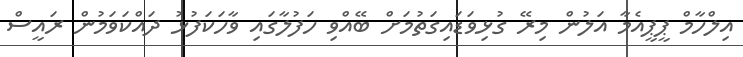
އިލްހާމް ޕީޕީއެމާ އަލުން މިރޭ ގުޅިވަޑައިގަތުމަށް ބޭއްވި ހަފުލާގައި ވާހަކަފުޅު ދައްކަވަމުން ރައީސް